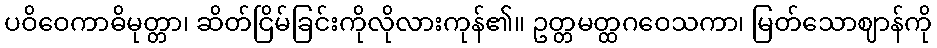
ပဝိဝေကာဓိမုတ္တာ၊ ဆိတ်ငြိမ်ခြင်းကိုလိုလားကုန်၏။ ဥတ္တမတ္ထဂဝေသကာ၊ မြတ်သောဈာန်ကို